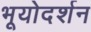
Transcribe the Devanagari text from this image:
भूयोदर्शन